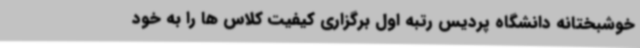
خوشبختانه دانشگاه پردیس رتبه اول برگزاری کیفیت کلاس ها را به خود